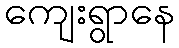
ကျေးရွာနေ